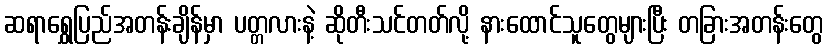
ဆရာရွှေပြည်အတန်းချိန်မှာ ပတ္တလားနဲ့ ဆိုတီးသင်တတ်လို့ နားထောင်သူတွေများပြီး တခြားအတန်းတွေ